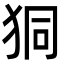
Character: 狪